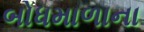
બોધમાળાના